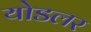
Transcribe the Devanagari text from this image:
योडलर